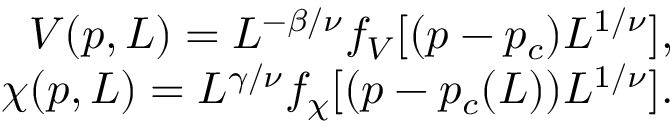
\begin{array} { r } { V ( p , L ) = L ^ { - \beta / \nu } f _ { V } [ ( p - p _ { c } ) L ^ { 1 / \nu } ] , } \\ { \chi ( p , L ) = L ^ { \gamma / \nu } f _ { \chi } [ ( p - p _ { c } ( L ) ) L ^ { 1 / \nu } ] . } \end{array}